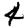
Digit: 4